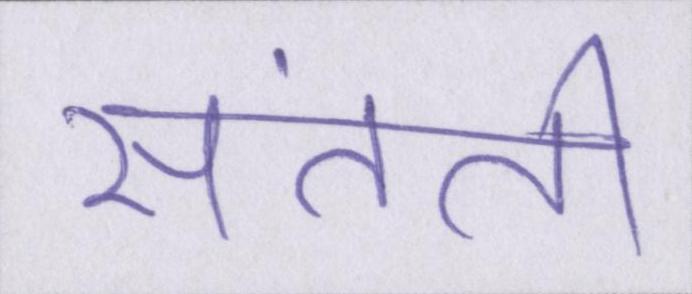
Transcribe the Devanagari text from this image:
संतति